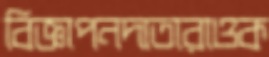
বিজ্ঞাপনদাতারাওক